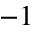
- 1